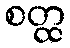
စတ္ထ